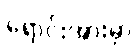
ရောင်းအားမှာ